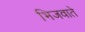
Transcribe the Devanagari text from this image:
भिजवाते